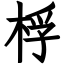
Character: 桴